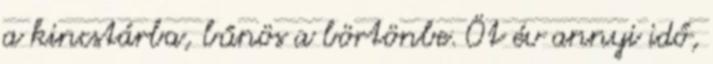
a kincstárba, bűnös a börtönbe. Öt év annyi idő,